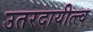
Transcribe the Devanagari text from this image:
उतरदायीत्त्व